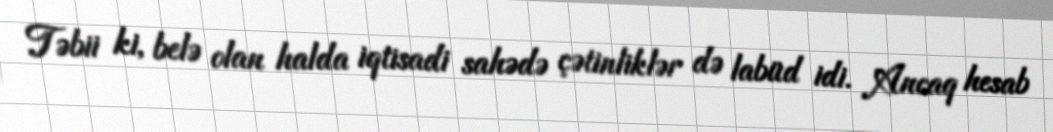
Təbii ki, belə olan halda iqtisadi sahədə çətinliklər də labüd idi. Ancaq hesab